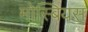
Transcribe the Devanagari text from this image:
मोस्बियस